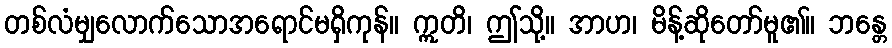
တစ်လံမျှလောက်သောအရောင်မရှိကုန်။ ဣတိ၊ ဤသို့။ အာဟ၊ မိန့်ဆိုတော်မူ၏။ ဘန္တေ